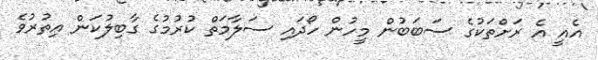
އެއީ އެ ރަށްތަކުގެ ސަބަބުން މީހުން ހޯދައި ސަލާމަތް ކުރުމުގެ ގާބިލުކަން އިތުރުވެ